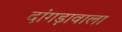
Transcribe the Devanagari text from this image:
दांगड़ावाला